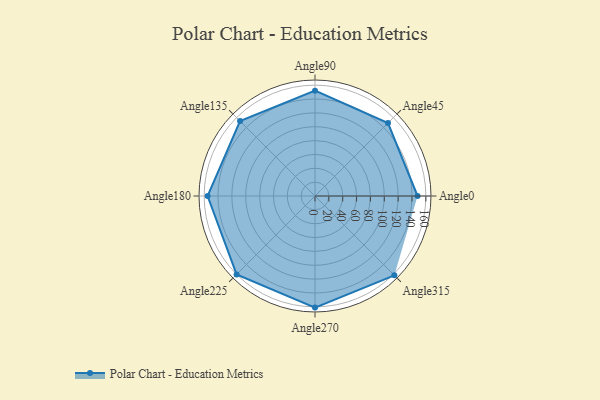
{"axis": {"x": "Angle", "y": "Radius"}, "legend": [""], "data": [{"x": "Angle0", "y": 148.0, "type": ""}, {"x": "Angle45", "y": 149.0, "type": ""}, {"x": "Angle90", "y": 152.0, "type": ""}, {"x": "Angle135", "y": 153.0, "type": ""}, {"x": "Angle180", "y": 155.0, "type": ""}, {"x": "Angle225", "y": 160.0, "type": ""}, {"x": "Angle270", "y": 161.0, "type": ""}, {"x": "Angle315", "y": 162.0, "type": ""}]}